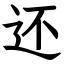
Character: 还